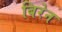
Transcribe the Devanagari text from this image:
बिरेन